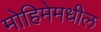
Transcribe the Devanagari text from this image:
मोहिमेमधील